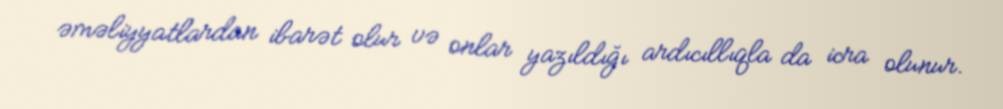
əməliyyatlardan ibarət olur və onlar yazıldığı ardıcıllıqla da icra olunur.